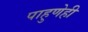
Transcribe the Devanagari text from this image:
पाहुणेही